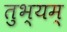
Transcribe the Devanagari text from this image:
तुभ्यम्